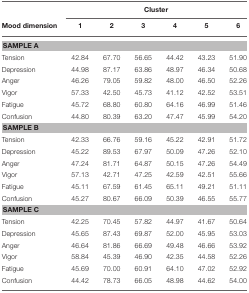
<table><thead><tr><td></td><td colspan="6"><b>Cluster</b></td></tr><tr><td><b>Mood dimension</b></td><td><b>1</b></td><td><b>2</b></td><td><b>3</b></td><td><b>4</b></td><td><b>5</b></td><td><b>6</b></td></tr></thead><tbody><tr><td colspan="7"><b>SAMPLE A</b></td></tr><tr><td>Tension</td><td>42.84</td><td>67.70</td><td>56.65</td><td>44.42</td><td>43.23</td><td>51.90</td></tr><tr><td>Depression</td><td>44.98</td><td>87.17</td><td>63.86</td><td>48.97</td><td>46.34</td><td>50.68</td></tr><tr><td>Anger</td><td>46.26</td><td>79.05</td><td>59.82</td><td>48.00</td><td>46.50</td><td>52.26</td></tr><tr><td>Vigor</td><td>57.33</td><td>42.50</td><td>45.73</td><td>41.12</td><td>42.52</td><td>53.51</td></tr><tr><td>Fatigue</td><td>45.72</td><td>68.80</td><td>60.80</td><td>64.16</td><td>46.99</td><td>51.46</td></tr><tr><td>Confusion</td><td>44.80</td><td>80.39</td><td>63.20</td><td>47.47</td><td>45.99</td><td>54.20</td></tr><tr><td colspan="7"><b>SAMPLE B</b></td></tr><tr><td>Tension</td><td>42.33</td><td>66.76</td><td>59.16</td><td>45.22</td><td>42.91</td><td>51.72</td></tr><tr><td>Depression</td><td>45.22</td><td>89.53</td><td>67.97</td><td>50.09</td><td>47.26</td><td>52.10</td></tr><tr><td>Anger</td><td>47.24</td><td>81.71</td><td>64.87</td><td>50.15</td><td>47.26</td><td>54.49</td></tr><tr><td>Vigor</td><td>57.13</td><td>42.71</td><td>47.25</td><td>42.59</td><td>42.51</td><td>55.66</td></tr><tr><td>Fatigue</td><td>45.11</td><td>67.59</td><td>61.45</td><td>65.11</td><td>49.21</td><td>51.11</td></tr><tr><td>Confusion</td><td>45.27</td><td>80.67</td><td>66.09</td><td>50.39</td><td>46.55</td><td>55.77</td></tr><tr><td colspan="7"><b>SAMPLE C</b></td></tr><tr><td>Tension</td><td>42.25</td><td>70.45</td><td>57.82</td><td>44.97</td><td>41.67</td><td>50.64</td></tr><tr><td>Depression</td><td>45.65</td><td>87.43</td><td>69.87</td><td>52.00</td><td>45.95</td><td>53.03</td></tr><tr><td>Anger</td><td>46.64</td><td>81.86</td><td>66.69</td><td>49.48</td><td>46.66</td><td>53.92</td></tr><tr><td>Vigor</td><td>58.84</td><td>45.39</td><td>46.90</td><td>42.35</td><td>44.58</td><td>52.26</td></tr><tr><td>Fatigue</td><td>45.69</td><td>70.00</td><td>60.91</td><td>64.10</td><td>47.02</td><td>52.92</td></tr><tr><td>Confusion</td><td>44.42</td><td>78.73</td><td>66.05</td><td>48.98</td><td>44.62</td><td>54.00</td></tr></tbody></table>